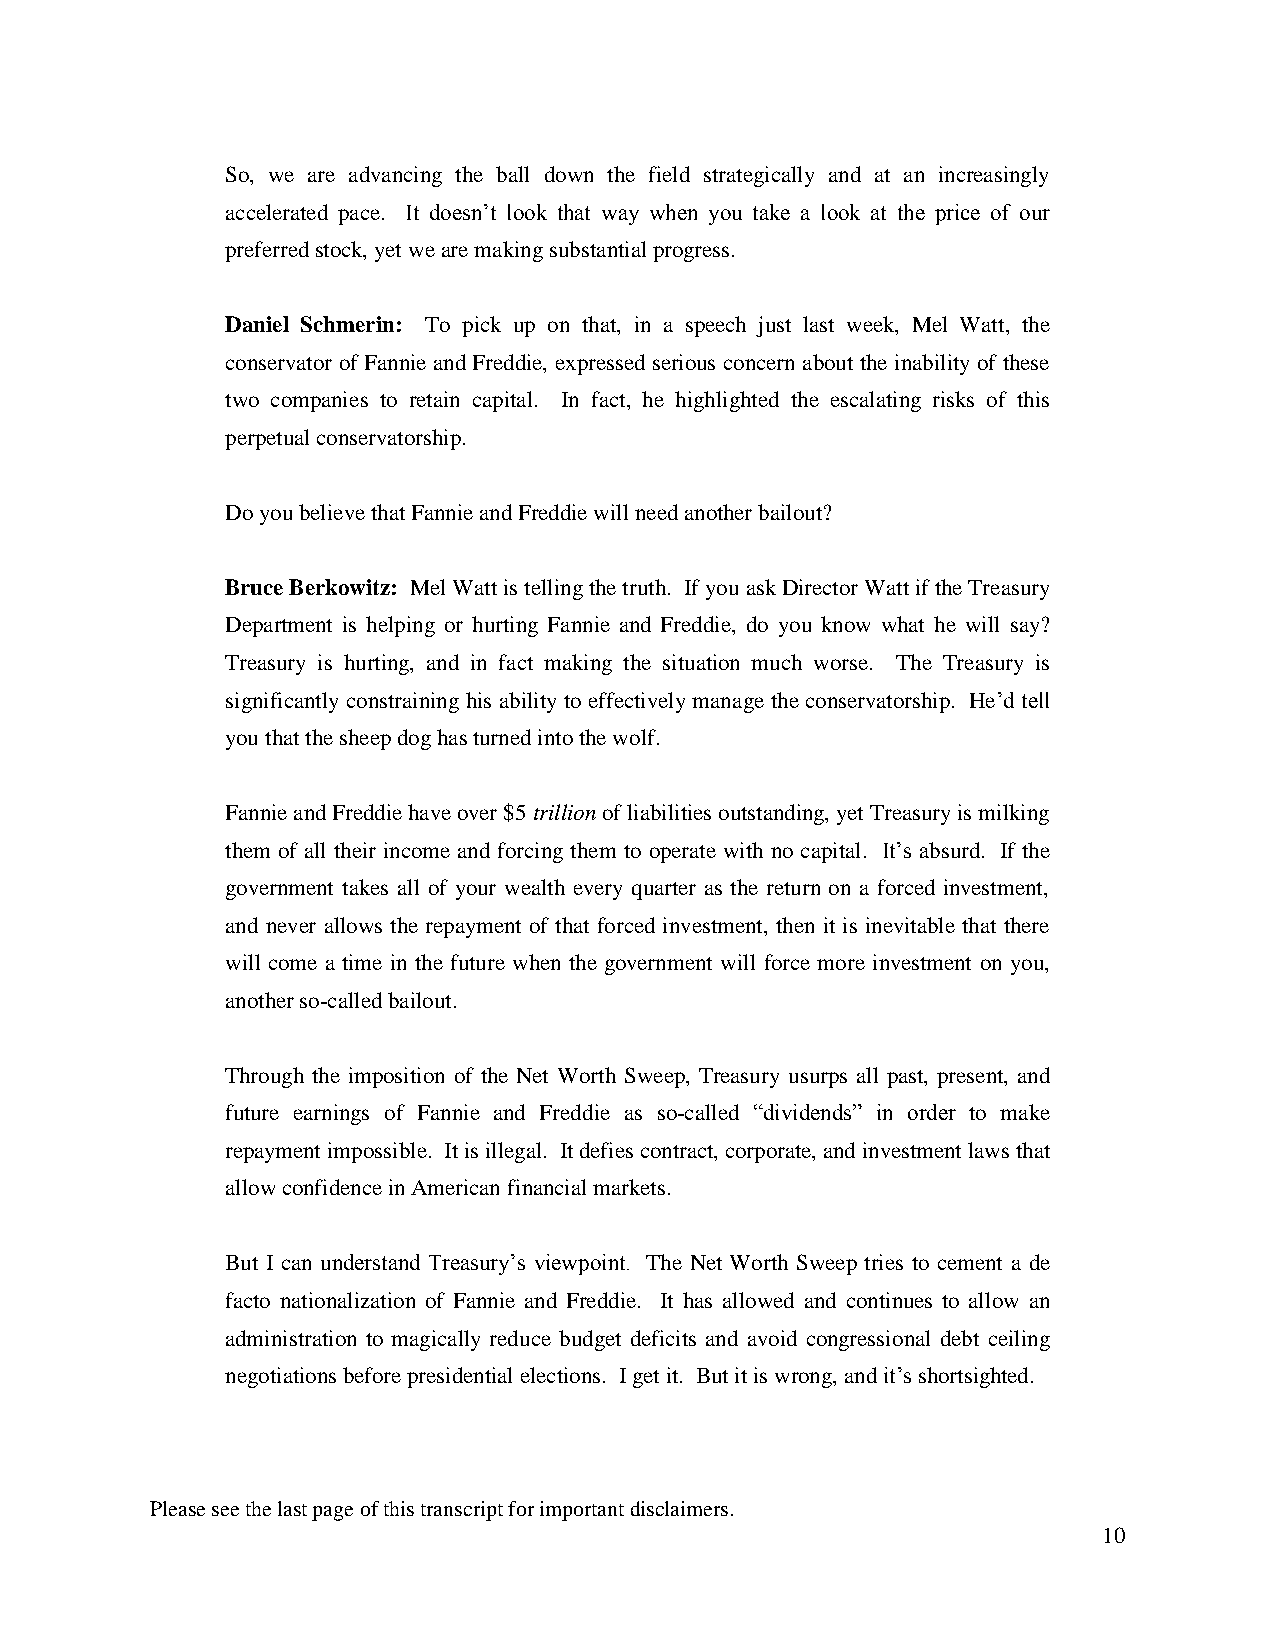
So, we are advancing the ball down the field strategically and at an increasingly
 accelerated pace. It doesn’t look that way when you take a look at the price of our
 preferred stock, yet we are making substantial progress.
 Daniel Schmerin: To pick up on that, in a speech just last week, Mel Watt, the
 conservator of Fannie and Freddie, expressed serious concern about the inability of these
 two companies to retain capital. In fact, he highlighted the escalating risks of this
 perpetual conservatorship.
 Do you believe that Fannie and Freddie will need another bailout?
 Bruce Berkowitz: Mel Watt is telling the truth. If you ask Director Watt if the Treasury
 Department is helping or hurting Fannie and Freddie, do you know what he will say?
 Treasury is hurting, and in fact making the situation much worse. The Treasury is
 significantly constraining his ability to effectively manage the conservatorship. He’d tell
 you that the sheep dog has turned into the wolf.
 Fannie and Freddie have over $5 trillion of liabilities outstanding, yet Treasury is milking
 them of all their income and forcing them to operate with no capital. It’s absurd. If the
 government takes all of your wealth every quarter as the return on a forced investment,
 and never allows the repayment of that forced investment, then it is inevitable that there
 will come a time in the future when the government will force more investment on you,
 another so-called bailout.
 Through the imposition of the Net Worth Sweep, Treasury usurps all past, present, and
 future earnings of Fannie and Freddie as so-called “dividends” in order to make
 repayment impossible. It is illegal. It defies contract, corporate, and investment laws that
 allow confidence in American financial markets.
 But I can understand Treasury’s viewpoint. The Net Worth Sweep tries to cement a de
 facto nationalization of Fannie and Freddie. It has allowed and continues to allow an
 administration to magically reduce budget deficits and avoid congressional debt ceiling
 negotiations before presidential elections. I get it. But it is wrong, and it’s shortsighted.
 Please see the last page of this transcript for important disclaimers.
 10